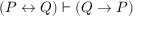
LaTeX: ( P \leftrightarrow Q ) \vdash ( Q \to P )